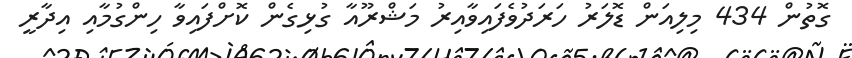
ގޮތުން 434 މިލިއަން ޑޮލަރު ހަރަދުވެފައިވާއިރު މަޝްރޫއާ ގުޅިގެން ކޮށްފައިވާ ހިންގުމާއި އިދާރީ